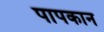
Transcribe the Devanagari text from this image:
पापकान